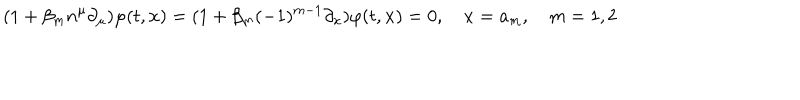
LaTeX: ( 1 + \beta _ { m } n ^ { \mu } \partial _ { \mu } ) \varphi ( t , { \bf x } ) = ( 1 + \beta _ { m } ( - 1 ) ^ { m - 1 } \partial _ { x } ) \varphi ( t , { \bf x } ) = 0 , \quad x = a _ { m } , \quad m = 1 , 2